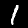
Label: 1